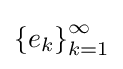
\left\{e_{k}\right\}_{k=1}^{\infty }